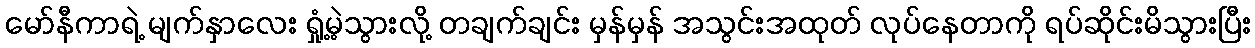
မော်နီကာရဲ့ မျက်နှာလေး ရှုံ့မဲ့သွားလို့ တချက်ချင်း မှန်မှန် အသွင်းအထုတ် လုပ်နေတာကို ရပ်ဆိုင်းမိသွားပြီး